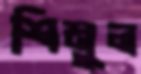
শিমুল